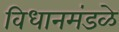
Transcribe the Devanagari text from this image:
विधानमंडळे